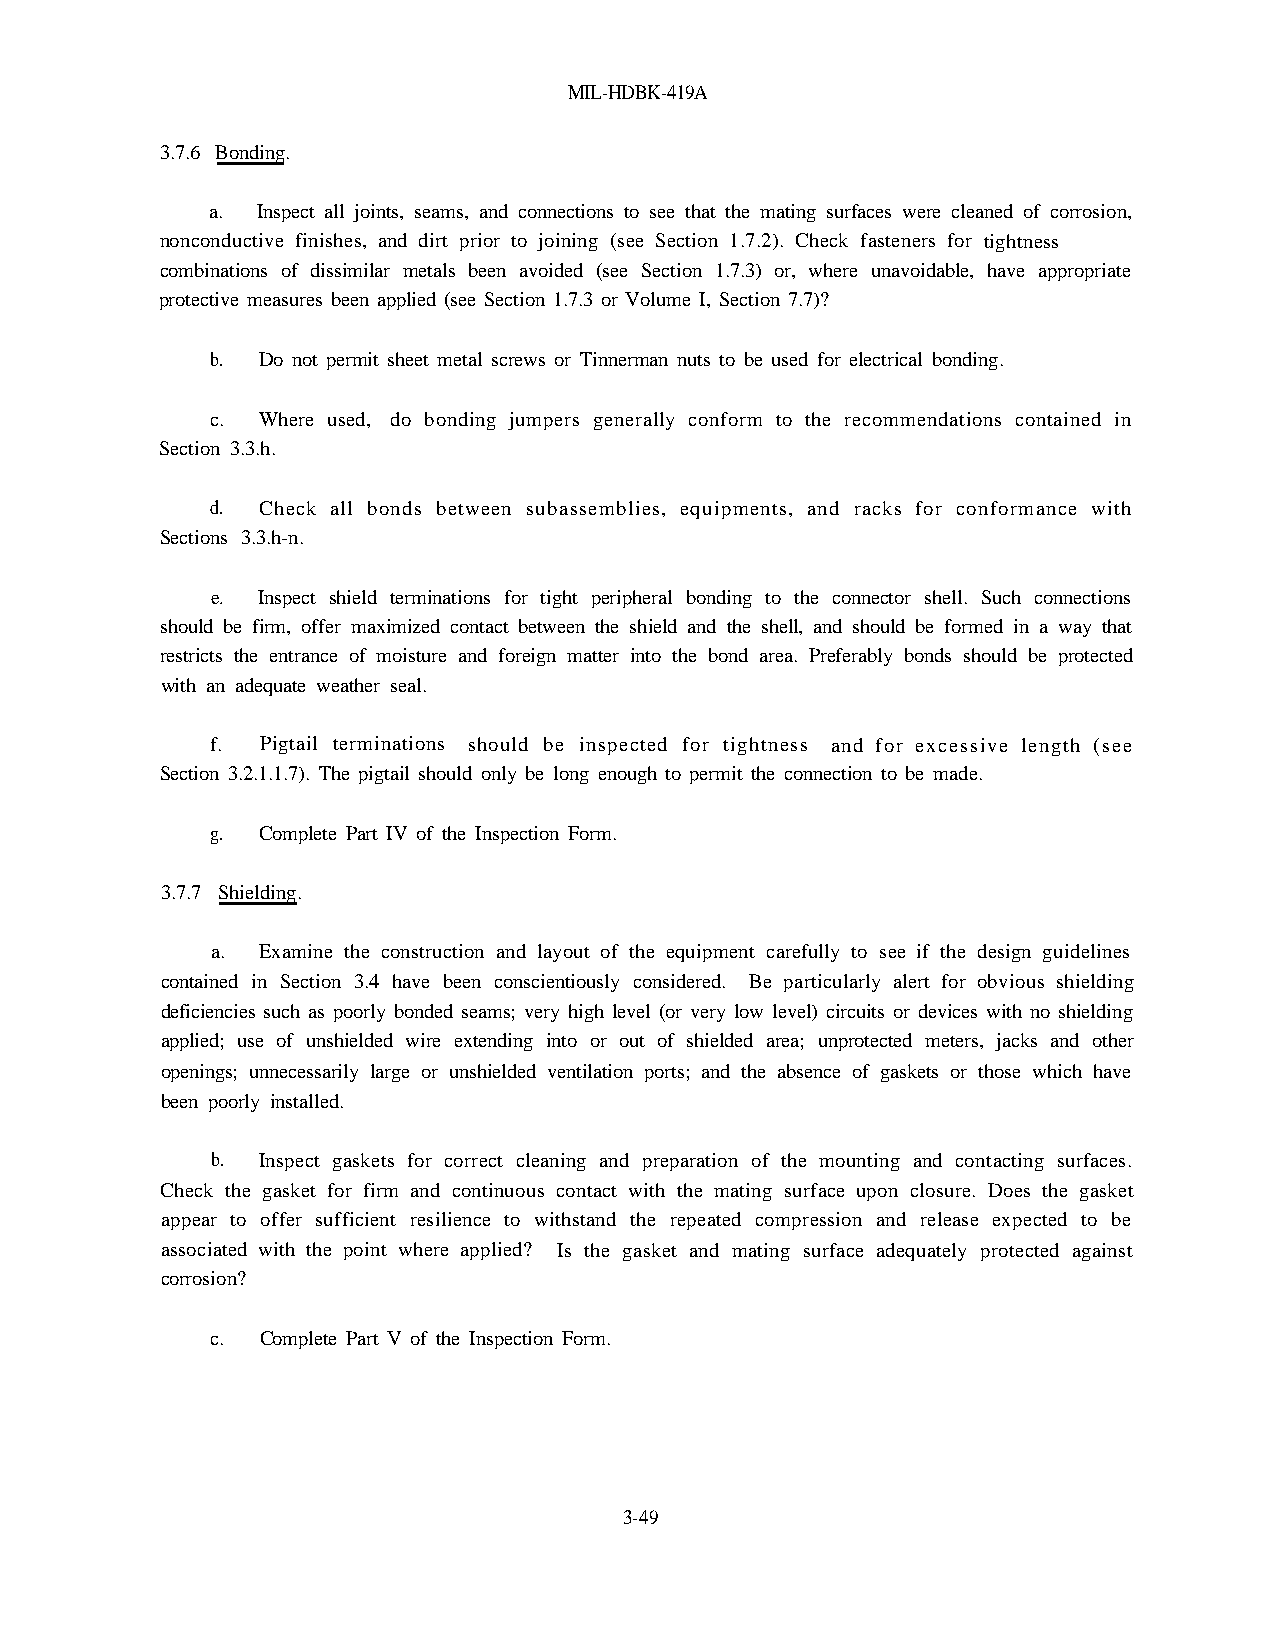
MIL-HDBK-419A
 3.7.6 Bonding.
 a. Inspect all joints, seams, and connections to see that the mating surfaces were cleaned of corrosion,
 nonconductive finishes, and dirt prior to joining (see Section 1.7.2). Check fasteners for tightness
 combinations of dissimilar metals been avoided (see Section 1.7.3) or, where unavoidable, have appropriate
 protective measures been applied (see Section 1.7.3 or Volume I, Section 7.7)?
 b. Do not permit sheet metal screws or Tinnerman nuts to be used for electrical bonding.
 c. Where used, do bonding jumpers generally conform to the recommendations contained in
 Section 3.3.h.
 d. Check all bonds between subassemblies, equipments, and racks for conformance with
 Sections 3.3.h-n.
 e. Inspect shield terminations for tight peripheral bonding to the connector shell. Such connections
 should be firm, offer maximized contact between the shield and the shell, and should be formed in a way that
 restricts the entrance of moisture and foreign matter into the bond area. Preferably bonds should be protected
 with an adequate weather seal.
 f. Pigtail terminations should be inspected for tightness and for excessive length (see
 Section 3.2.1.1.7). The pigtail should only be long enough to permit the connection to be made.
 g. Complete Part IV of the Inspection Form.
 3.7.7 Shielding.
 a. Examine the construction and layout of the equipment carefully to see if the design guidelines
 contained in Section 3.4 have been conscientiously considered. Be particularly alert for obvious shielding
 deficiencies such as poorly bonded seams; very high level (or very low level) circuits or devices with no shielding
 applied; use of unshielded wire extending into or out of shielded area; unprotected meters, jacks and other
 openings; unnecessarily large or unshielded ventilation ports; and the absence of gaskets or those which have
 been poorly installed.
 b. Inspect gaskets for correct cleaning and preparation of the mounting and contacting surfaces.
 Check the gasket for firm and continuous contact with the mating surface upon closure. Does the gasket
 appear to offer sufficient resilience to withstand the repeated compression and release expected to be
 associated with the point where applied? Is the gasket and mating surface adequately protected against
 corrosion?
 c. Complete Part V of the Inspection Form.
 3-49